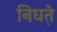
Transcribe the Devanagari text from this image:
निघत़े